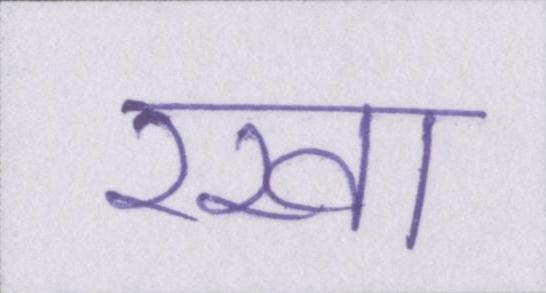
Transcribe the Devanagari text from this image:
रखा